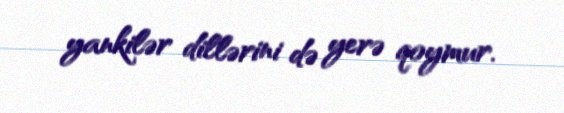
yankilər dillərini də yerə qoymur.